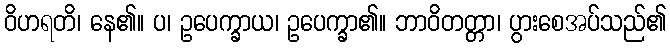
ဝိဟရတိ၊ နေ၏။ ပ၊ ဥပေက္ခာယ၊ ဥပေက္ခာ၏။ ဘာဝိတတ္တာ၊ ပွားစေအပ်သည်၏